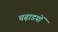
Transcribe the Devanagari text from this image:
चढ़ाडयों